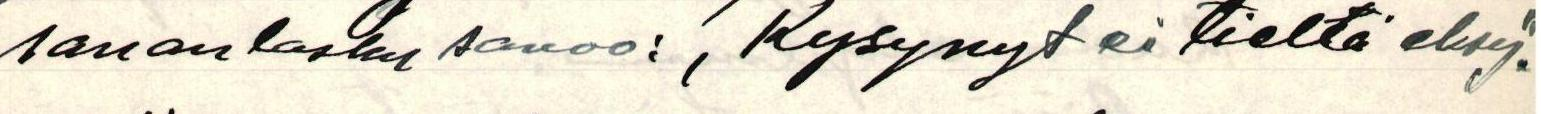
sananlasku sanoo: , Kysynyt ei tieltä eksy".